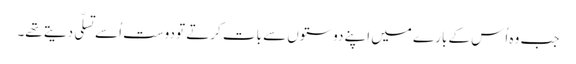
جب وہ اُس کے بارے میں اپنے دوستوں سے بات کرتے تو دوست اُسے تسلّی دیتے تھے۔